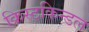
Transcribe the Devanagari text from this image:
क्रिस्टकिन्डल